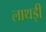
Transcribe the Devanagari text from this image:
लाथड़ी